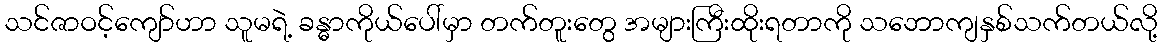
သင်ဇာဝင့်ကျော်ဟာ သူမရဲ့ ခန္ဓာကိုယ်ပေါ်မှာ တက်တူးတွေ အများကြီးထိုးရတာကို သဘောကျနှစ်သက်တယ်လို့